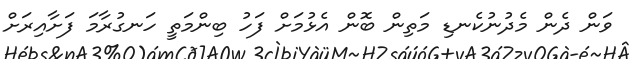
ވަން ދެން މެދުނުކެނޑި މަތިން ބޮން އެޅުމަށް ފަހު ބިންމަތީ ހަނގުރާމަ ފަށާއިރަށް